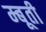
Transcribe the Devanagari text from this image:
म्बूती